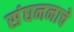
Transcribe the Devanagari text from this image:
संघननाचे